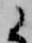
候